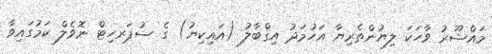
މައްޝޫރު ވާހަކަ ލިޔުންތެރިޔާ އަހުމަދު އިޤްބާލު (އައިކިޔު) ގެ ސުޕަރހިޓް ނޮވެލް ކަމުގައިވާ